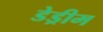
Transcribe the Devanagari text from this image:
डेड्रीम